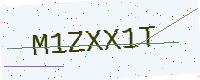
Text: M1ZXX1T